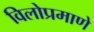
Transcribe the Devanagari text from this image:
विलोप्रमाणे